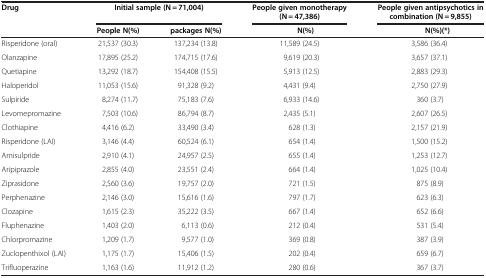
<table><thead><tr><td><b>Drug</b></td><td colspan="2"><b>Initial sample (N = 71,004)</b></td><td><b>People given monotherapy(N = 47,386)</b></td><td><b>People given antipsychotics in combination(N = 9,855)</b></td></tr><tr><td><b> </b></td><td><b>People N(%)</b></td><td><b>packages N(%)</b></td><td><b>N(%)</b></td><td><b>N(%)(*)</b></td></tr></thead><tbody><tr><td>Risperidone (oral)</td><td>21,537 (30.3)</td><td>137,234 (13.8)</td><td>11,589 (24.5)</td><td>3,586 (36.4)</td></tr><tr><td>Olanzapine</td><td>17,895 (25.2)</td><td>174,715 (17.6)</td><td>9,619 (20.3)</td><td>3,657 (37.1)</td></tr><tr><td>Quetiapine</td><td>13,292 (18.7)</td><td>154,408 (15.5)</td><td>5,913 (12.5)</td><td>2,883 (29.3)</td></tr><tr><td>Haloperidol</td><td>11,053 (15.6)</td><td>91,328 (9.2)</td><td>4,431 (9.4)</td><td>2,750 (27.9)</td></tr><tr><td>Sulpiride</td><td>8,274 (11.7)</td><td>75,183 (7.6)</td><td>6,933 (14.6)</td><td>360 (3.7)</td></tr><tr><td>Levomepromazine</td><td>7,503 (10.6)</td><td>86,794 (8.7)</td><td>2,435 (5.1)</td><td>2,607 (26.5)</td></tr><tr><td>Clothiapine</td><td>4,416 (6.2)</td><td>33,490 (3.4)</td><td>628 (1.3)</td><td>2,157 (21.9)</td></tr><tr><td>Risperidone (LAI)</td><td>3,146 (4.4)</td><td>60,524 (6.1)</td><td>654 (1.4)</td><td>1,500 (15.2)</td></tr><tr><td>Amisulpride</td><td>2,910 (4.1)</td><td>24,957 (2.5)</td><td>655 (1.4)</td><td>1,253 (12.7)</td></tr><tr><td>Aripiprazole</td><td>2,855 (4.0)</td><td>23,551 (2.4)</td><td>664 (1.4)</td><td>1,025 (10.4)</td></tr><tr><td>Ziprasidone</td><td>2,560 (3.6)</td><td>19,757 (2.0)</td><td>721 (1.5)</td><td>875 (8.9)</td></tr><tr><td>Perphenazine</td><td>2,146 (3.0)</td><td>15,616 (1.6)</td><td>797 (1.7)</td><td>623 (6.3)</td></tr><tr><td>Clozapine</td><td>1,615 (2.3)</td><td>35,222 (3.5)</td><td>667 (1.4)</td><td>652 (6.6)</td></tr><tr><td>Fluphenazine</td><td>1,403 (2.0)</td><td>6,113 (0.6)</td><td>212 (0.4)</td><td>531 (5.4)</td></tr><tr><td>Chlorpromazine</td><td>1,209 (1.7)</td><td>9,577 (1.0)</td><td>369 (0.8)</td><td>387 (3.9)</td></tr><tr><td>Zuclopenthixol (LAI)</td><td>1,175 (1.7)</td><td>15,406 (1.5)</td><td>202 (0.4)</td><td>659 (6.7)</td></tr><tr><td>Trifluoperazine</td><td>1,163 (1.6)</td><td>11,912 (1.2)</td><td>280 (0.6)</td><td>367 (3.7)</td></tr></tbody></table>